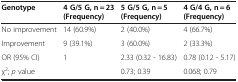
<table><thead><tr><td><b>Genotype</b></td><td><b>4 G/5 G, n = 23 (Frequency)</b></td><td><b>5 G/5 G, n = 5 (Frequency)</b></td><td><b>4 G/4 G, n = 6 (Frequency)</b></td></tr></thead><tbody><tr><td>No improvement</td><td>14 (60.9%)</td><td>2 (40.0%)</td><td>4 (66.7%)</td></tr><tr><td>Improvement</td><td>9 (39.1%)</td><td>3 (60.0%)</td><td>2 (33.3%)</td></tr><tr><td>OR (95% CI)</td><td>1</td><td>2.33 (0.32 - 16.83)</td><td>0.78 (0.12 - 5.17)</td></tr><tr><td>χ<sup>2</sup>; <i>p</i> value</td><td> </td><td>0.73; 0.39</td><td>0.068; 0.79</td></tr></tbody></table>